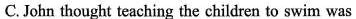
C. John thought teaching the children to swim was